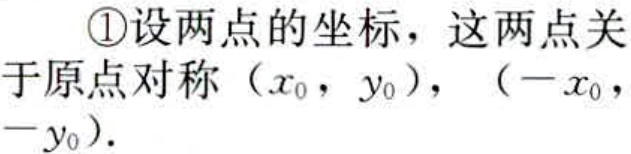
\textcircled{1}设两点的坐标，这两点关于原点对称\((x_{0},y_{0})\)，\((-x_{0},-y_{0})\)。